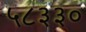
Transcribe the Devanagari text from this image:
५८३३०